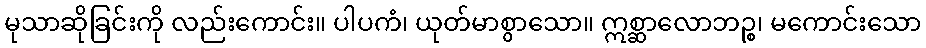
မုသာဆိုခြင်းကို လည်းကောင်း။ ပါပကံ၊ ယုတ်မာစွာသော။ ဣစ္ဆာလောဘဉ္စ၊ မကောင်းသော